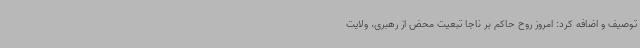
توصیف و اضافه کرد: امروز روح حاکم بر ناجا تبعیت محض از رهبری، ولایت